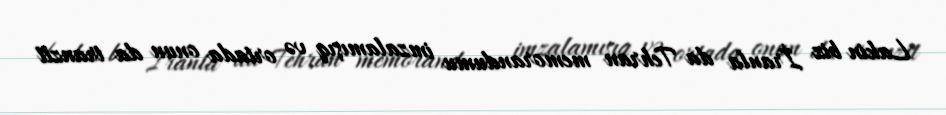
Lakin biz İranla da Tehran memorandumu imzalamışıq və ortada onun da tranzit